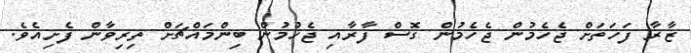
ޒާރާ ފަހަތަށް ޖެހެމުން ޖެހެމުން ގޮސް ފާރާއި ޖެހުމުން ބިންމައްޗަށް ތިރިވާން ފެށިއެވެ.